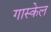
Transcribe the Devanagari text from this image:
गास्केल